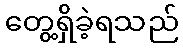
တွေ့ရှိခဲ့ရသည်